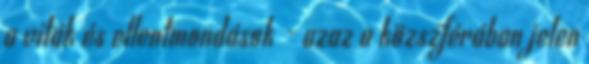
a viták és ellentmondások - azaz a közszférában jelen